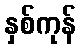
နှစ်ကုန်